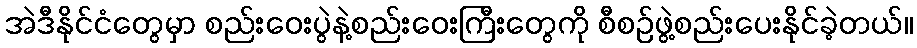
အဲဒီနိုင်ငံတွေမှာ စည်းဝေးပွဲနဲ့စည်းဝေးကြီးတွေကို စီစဉ်ဖွဲ့စည်းပေးနိုင်ခဲ့တယ်။